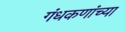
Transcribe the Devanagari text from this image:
गंधकणांच्या